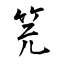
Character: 笎